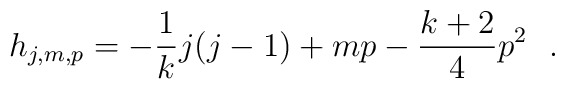
h_{j,m,p} = - \frac{1}{k} j ( j-1) + mp - \frac{k+2}{4} p^2~~.